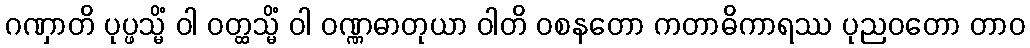
ဂဏှာတိ ပုပ္ဖသ္မိံ ဝါ ဝတ္ထသ္မိံ ဝါ ဝဏ္ဏဓာတုယာ ဝါတိ ဝစနတော ကတာဓိကာရဿ ပုညဝတော တာဝ